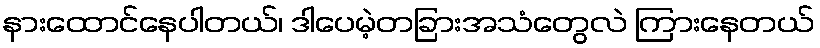
နားထောင်နေပါတယ်၊ ဒါပေမဲ့တခြားအသံတွေလဲ ကြားနေတယ်